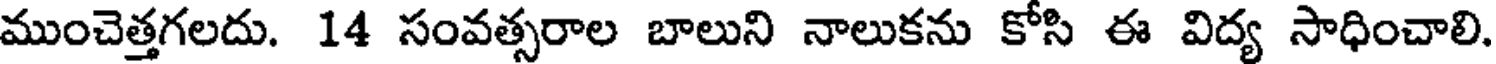
ముంచెత్తగలదు. 14 సంవత్సరాల బాలుని నాలుకను కోసి ఈ విద్య సాధించాలి.